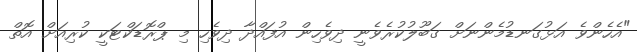
"އެހެންވެ އަޅުގަނޑުމެންނަށް ގަބޫލުކުރެވެނީ ދިވެހިން އުފައްދާ ދިވެހި މި ޕްރޮޑަކްޓަކީ ކުރިއަށް އޮތް